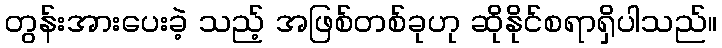
တွန်းအားပေးခဲ့ သည့် အဖြစ်တစ်ခုဟု ဆိုနိုင်စရာရှိပါသည်။